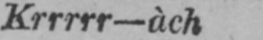
Krrrrr-àch